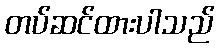
တပ်ဆင်ထားပါသည်